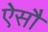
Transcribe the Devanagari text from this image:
ऐसौ